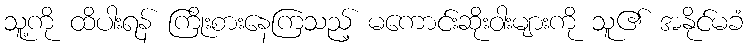
သူ့ကို ထိပါးရန် ကြိုးစားနေကြသည့် မကောင်းဆိုးဝါးများကို သူ၏ အနိုင်မခံ